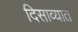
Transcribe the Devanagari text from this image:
दिसाव्यात